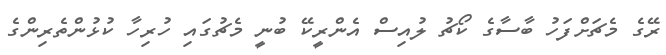
ރޭގެ މެޗަށްފަހު ބާސާގެ ކޯޗު ލުއިސް އެންރީކޭ ބުނީ މެޗުގައި ހުރިހާ ކުޅުންތެރިންގެ